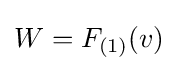
{\textstyle W=F_{({\scriptstyle {\text{1}}})}(v)}